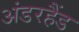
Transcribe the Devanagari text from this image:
अंडरहैंड